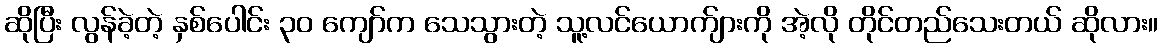
ဆိုပြီး လွန်ခဲ့တဲ့ နှစ်ပေါင်း ၃၀ ကျော်က သေသွားတဲ့ သူ့လင်ယောက်ျားကို အဲ့လို တိုင်တည်သေးတယ် ဆိုလား။